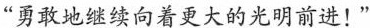
“勇敢地继续向着更大的光明前进!"